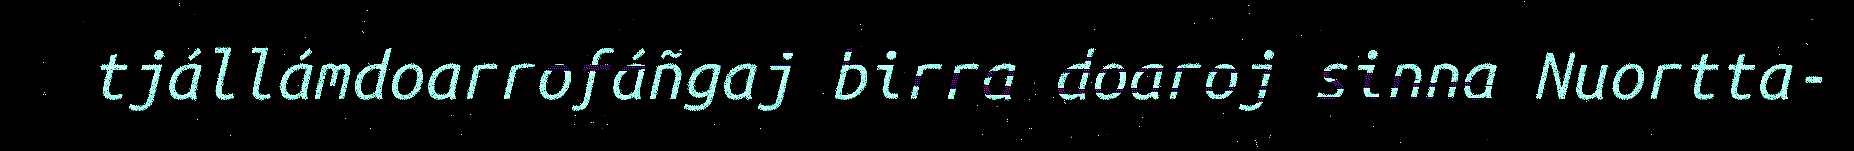
tjállámdoarrofáñgaj birra doaroj sinna Nuortta-